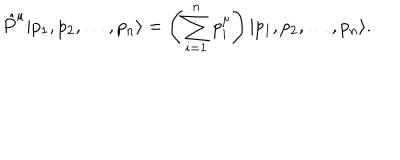
\hat { P } ^ { \mu } | p _ { 1 } , p _ { 2 } , \dots , p _ { n } \rangle = \left( \sum _ { i = 1 } ^ { n } p _ { i } ^ { \mu } \right) | p _ { 1 } , p _ { 2 } , \dots , p _ { n } \rangle .